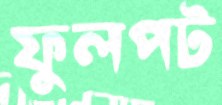
ফুলপট